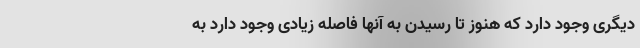
دیگری وجود دارد که هنوز تا رسیدن به آنها فاصله زیادی وجود دارد به